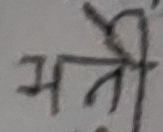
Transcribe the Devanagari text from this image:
मन्त्री